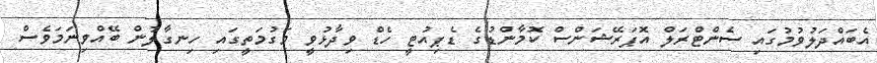
އެބައްދަލުވުމުގައި ސެންޓްރަލް އޮޕަރޭޝަންސް ކޮމާންޑުގެ ޑެޕިއުޓީ ހެޑް ވިދާޅުވީ މަގުމަތީގައި ހިނގާލުން ބޭއްވިނަމަވެސް